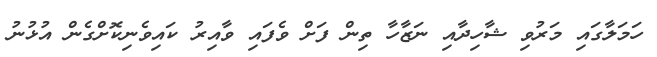
ހަމަލާގައި މަރުވި ޝާހިދާއި ނަޒާހާ ތިން ފަށް ވެފައި ވާއިރު ކައިވެނިކޮށްގެން އުޅުނު